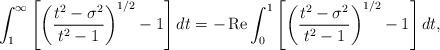
LaTeX: \begin{align*}\int_{1}^{\infty}{\left[ {\left( {\frac{t^{2}-\sigma^{2}}{t^{2}-1}}\right)^{1/2}-1}\right] dt}=-\operatorname{Re}\int_{0}^{1}{\left[ {\left({\frac{t^{2}-\sigma^{2}}{t^{2}-1}}\right) ^{1/2}-1}\right] dt}, \end{align*}